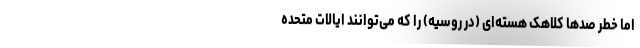
اما خطر صدها کلاهک هسته‌ای (در روسیه) را که می‌توانند ایالات متحده